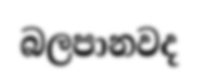
බලපානවද